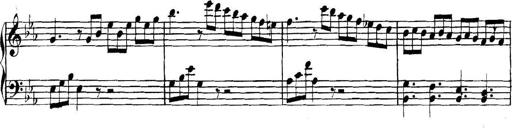
Title: Collected Piano Sonatas
Composer: Muzio Clementi